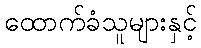
ထောက်ခံသူများနှင့်